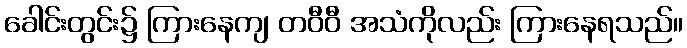
ခေါင်းတွင်း၌ ကြားနေကျ တဝီဝီ အသံကိုလည်း ကြားနေရသည်။